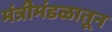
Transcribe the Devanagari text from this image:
मंत्रीमंडळातून